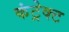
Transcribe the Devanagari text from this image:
कंट्रेक्ट